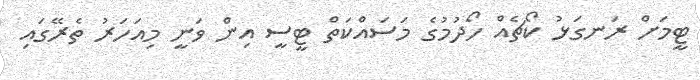
ޓީމަށް ރަނގަޅު ކޯޗެއް ހޯދުމުގެ މަސައްކަތް ޓީސީ އިން ވަނީ މިއަހަރު ތެރޭގައި